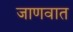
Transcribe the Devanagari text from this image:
जाणवात